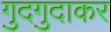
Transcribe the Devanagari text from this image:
गुदगुदाकर